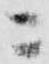
ニ